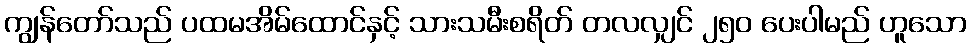
ကျွန်တော်သည် ပထမအိမ်ထောင်နှင့် သားသမီးစရိတ် တလလျှင် ၂၅၀ ပေးပါမည် ဟူသော